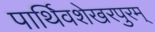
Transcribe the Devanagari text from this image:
पार्थिवशेखरपुरम्